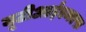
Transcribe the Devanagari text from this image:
यूटीआईएमएफ़